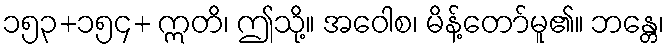
၁၅၃+၁၅၄+ ဣတိ၊ ဤသို့။ အဝေါစ၊ မိန့်တော်မူ၏။ ဘန္တေ၊